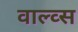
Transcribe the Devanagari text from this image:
वाल्व्स